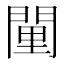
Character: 𨴻